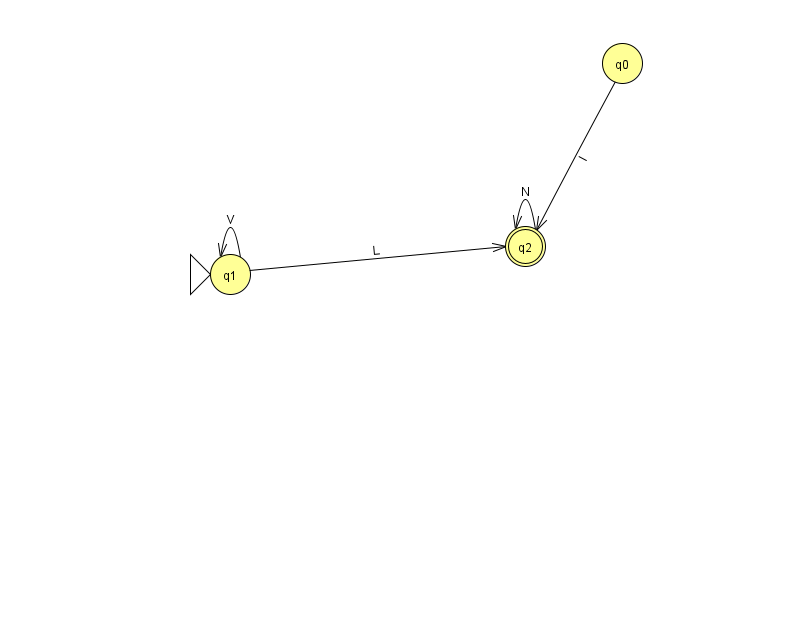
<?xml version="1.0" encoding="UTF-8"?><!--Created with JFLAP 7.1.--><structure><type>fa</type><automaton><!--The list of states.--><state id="0" name="q0"><x>622.0</x><y>50.0</y></state><state id="1" name="q1"><x>230.0</x><y>261.0</y><initial/></state><state id="2" name="q2"><x>525.0</x><y>233.0</y><final/></state><!--The list of transitions.--><transition><from>1</from><to>1</to><read>V</read></transition><transition><from>0</from><to>2</to><read>l</read></transition><transition><from>1</from><to>2</to><read>L</read></transition><transition><from>2</from><to>2</to><read>N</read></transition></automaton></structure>